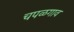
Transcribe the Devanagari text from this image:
चपळगाव